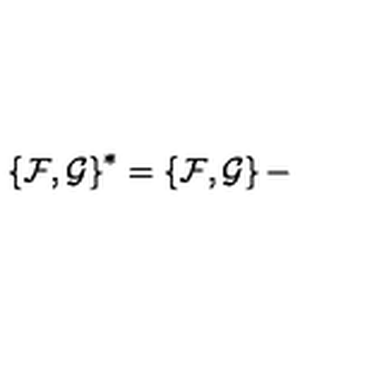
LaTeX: \left\{ { \cal F } , { \cal G } \right\} ^ { * } = \left\{ { \cal F } , { \cal G } \right\} -